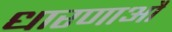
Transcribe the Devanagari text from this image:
धारणाऔ